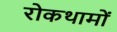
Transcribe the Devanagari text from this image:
रोकथामों